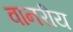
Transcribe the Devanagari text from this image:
वानरीय